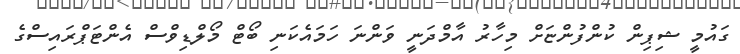
ގައުމީ ޝިޕިން ކުންފުންޏަށް މިހާރު އާމްދަނީ ވަންނަ ހަމައެކަނި ބޯޓް މޯލްޑިވްސް އެންޓަޕްރައިސްގެ